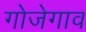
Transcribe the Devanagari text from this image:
गोजेगाव